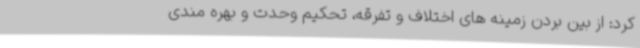
کرد: از بین بردن زمینه های اختلاف و تفرقه، تحکیم وحدت و بهره مندی